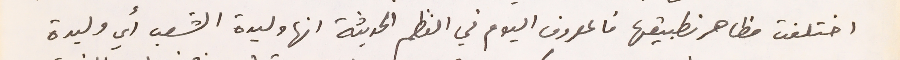
اختلفت مظاهر تطبيقها فالمعروف اليوم في النظم الحديثة انها وليدة الشعب أي وليدة